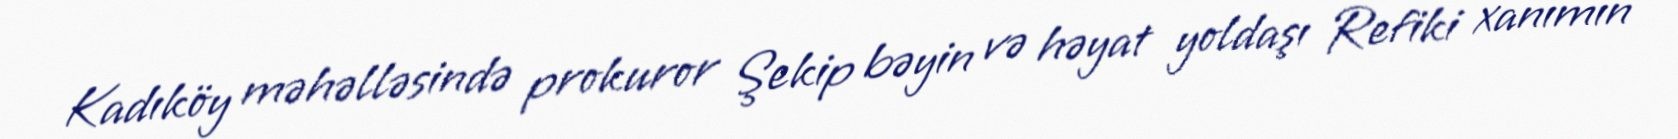
Kadıköy məhəlləsində prokuror Şekip bəyin və həyat yoldaşı Refiki xanımın